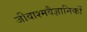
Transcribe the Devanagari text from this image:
जीवाश्मवैज्ञानिकों